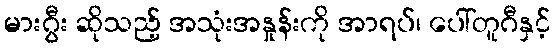
မားဂွီး ဆိုသည့် အသုံးအနှုန်းကို အာရပ်၊ ပေါ်တူဂီနှင့်